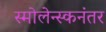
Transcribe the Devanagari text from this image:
स्मोलेन्स्कनंतर